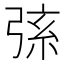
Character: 𢏸